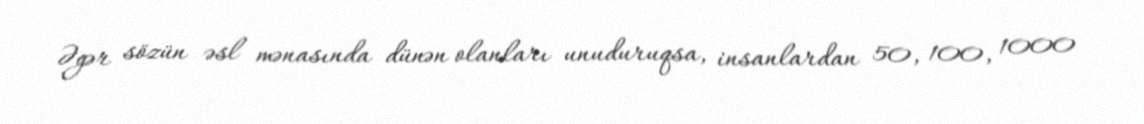
Əgər sözün əsl mənasında dünən olanları unuduruqsa, insanlardan 50, 100, 1000